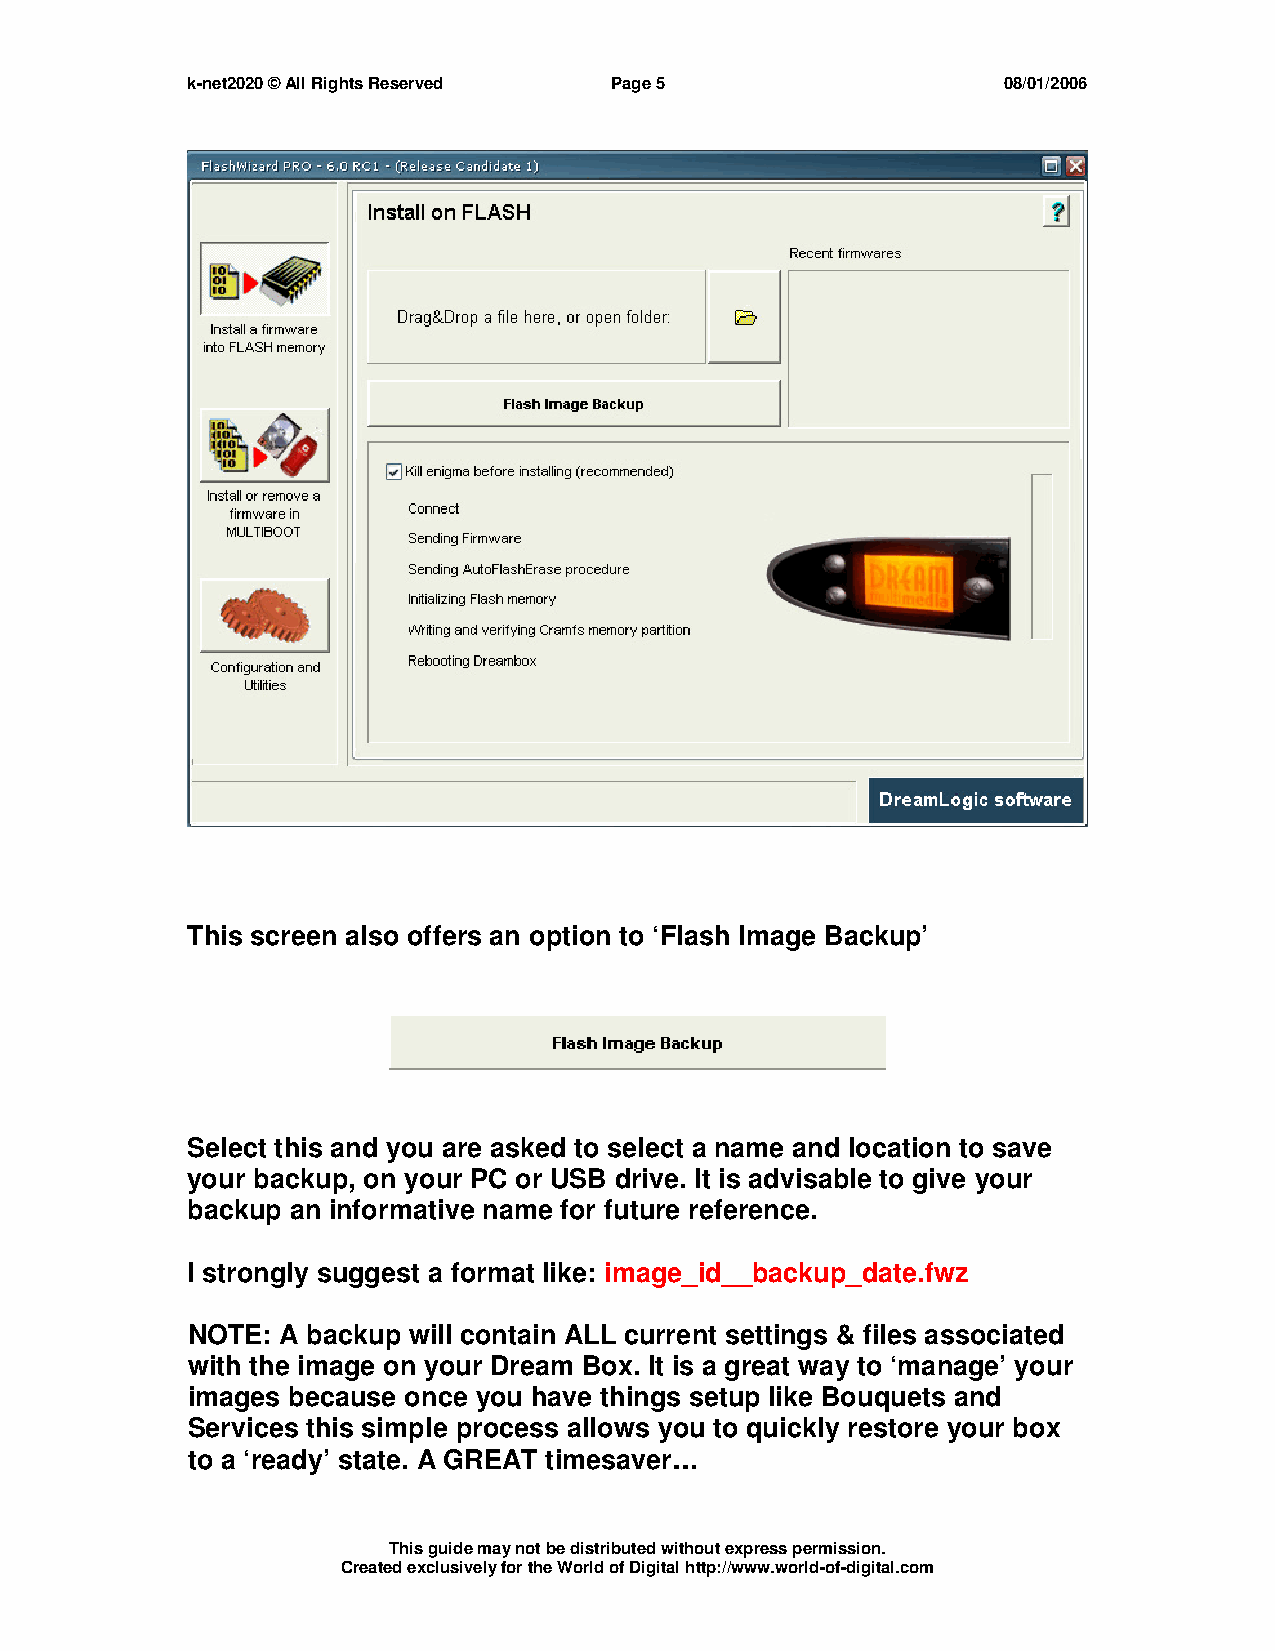
k-net2020 © All Rights Reserved Page 5                08/01/2006
 This screen also offers an option to ‘Flash Image Backup’
 Select this and you are asked to select a name and location to save
 your backup, on your PC or USB drive. It is advisable to give your
 backup an informative name for future reference.
 I strongly suggest a format like: image_id__backup_date.fwz
 NOTE:  A backup will contain ALL current settings & files associated
 with the image on your Dream Box. It is a great way to ‘manage’ your
 images because once you have things setup like Bouquets and
 Services this simple process allows you to quickly restore your box
 to a ‘ready’ state. A GREAT timesaver…
 This guide may not be distributed without express permission.
 Created exclusively for the World of Digital http://www.world-of-digital.com